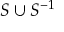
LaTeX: S \cup S ^ { - 1 }